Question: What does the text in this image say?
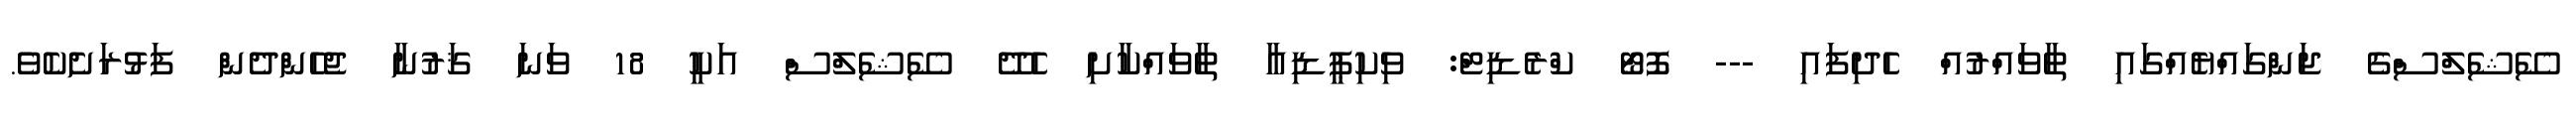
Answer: ސޭޝެލްސްގެ ޖަންގައްޔެއްގައި ތާވައްރުއް ހެދިފައި --- ފޮޓޯ ކްރެޑިޓް: ވިކިޕީޑިއާ ތާވައްކާށި ހެދޭ ސޭޝެލްސް އަކީ 18 ވަނަ ޤަރުނާ ޖެހެންދެން ފަޅުރަށެކެވެ.